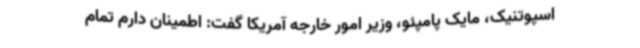
اسپوتنیک، مایک پامپئو، وزیر امور خارجه آمریکا گفت: اطمینان دارم تمام